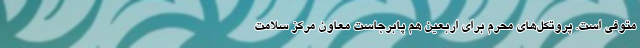
متوفی است. پروتکل‌های محرم برای اربعین هم پابرجاست معاون مرکز سلامت